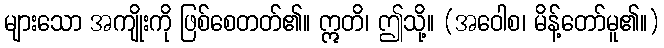
များသော အကျိုးကို ဖြစ်စေတတ်၏။ ဣတိ၊ ဤသို့။ (အဝေါစ၊ မိန့်တော်မူ၏။)